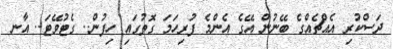
ދަސްކުރި އެއްޗެއްގެ ބޭނުން އޭގެ އެންމެ ފުރިހަމަ ގޮތުގައި ހިފުން.. ގެޓުވޭޓަ.. އާނ